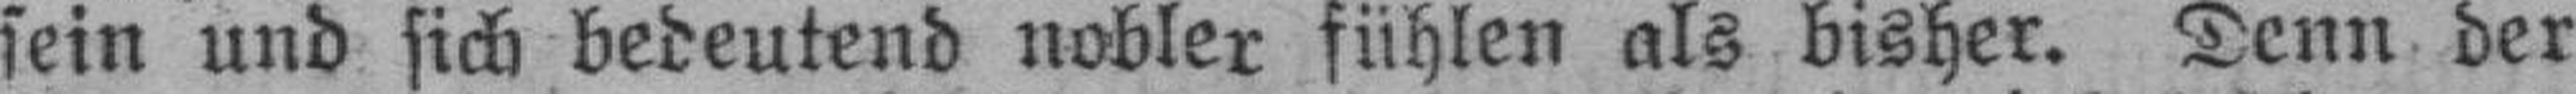
sein und sich bedeutend nobler fühlen als bisher. Denn der